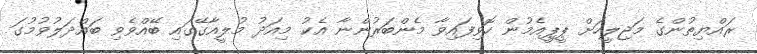
ރައްޔިތުންގެ މަޖިލީހަށް ޕީޕީއެމުން ހޮވިފައިވާ މެންބަރުންނާ އެކު މިއަދު މުލީއާގޭގައި ބޭއްވެވި ބައްދަލުވުމުގަ